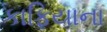
કાફિયાના